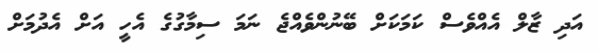
އަދި ޒާލް އެއްވެސް ކަމަކަށް ބޭނުންވެއްޖެ ނަމަ ސިމާގުގެ އެހީ އަށް އެދުމަށް